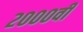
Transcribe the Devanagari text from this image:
२०००वीं